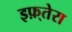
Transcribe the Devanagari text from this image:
इफ़्तेरा